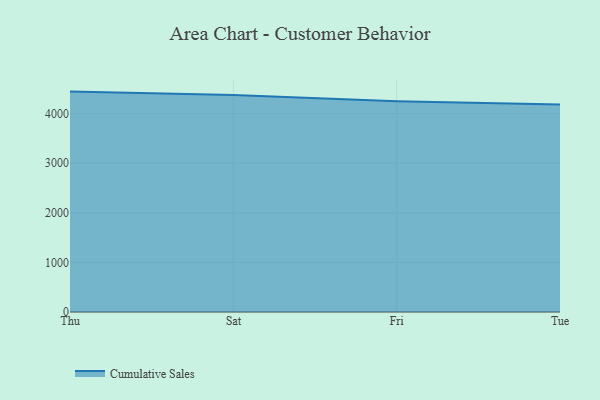
{"axis": {"x": "Day", "y": "Inventory Turnover"}, "legend": ["Cumulative Sales"], "data": [{"x": "Thu", "y": 4445.2, "type": "Cumulative Sales"}, {"x": "Sat", "y": 4374.3, "type": "Cumulative Sales"}, {"x": "Fri", "y": 4250.0, "type": "Cumulative Sales"}, {"x": "Tue", "y": 4183.8, "type": "Cumulative Sales"}]}